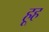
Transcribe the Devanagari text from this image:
हूह